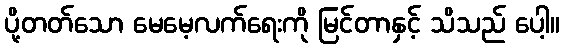
ပို့တတ်သော မေမေ့လက်ရေးကို မြင်တာနှင့် သိသည် ပေါ့။